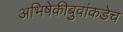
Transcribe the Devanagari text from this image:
अभिषेकीबुवांकडेच